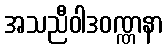
အသညီဝါဒဝဏ္ဏနာ